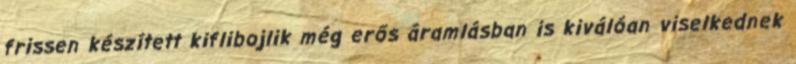
frissen készített kiflibojlik még erős áramlásban is kiválóan viselkednek